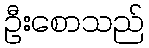
ဦးစောသည်